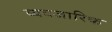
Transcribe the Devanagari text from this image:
व्यवजारिक